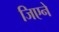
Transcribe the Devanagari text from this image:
जिएने